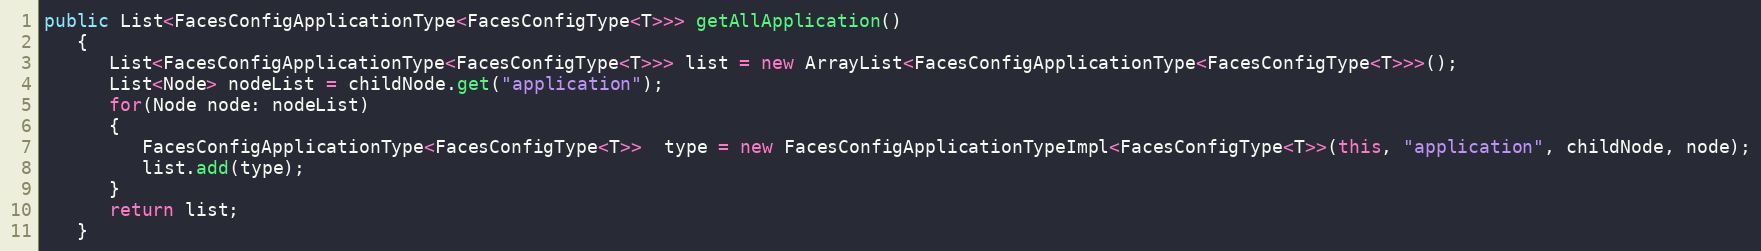
Language: Java
public List<FacesConfigApplicationType<FacesConfigType<T>>> getAllApplication()
   {
      List<FacesConfigApplicationType<FacesConfigType<T>>> list = new ArrayList<FacesConfigApplicationType<FacesConfigType<T>>>();
      List<Node> nodeList = childNode.get("application");
      for(Node node: nodeList)
      {
         FacesConfigApplicationType<FacesConfigType<T>>  type = new FacesConfigApplicationTypeImpl<FacesConfigType<T>>(this, "application", childNode, node);
         list.add(type);
      }
      return list;
   }